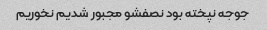
جوجه نپخته بود نصفشو مجبور شدیم نخوریم